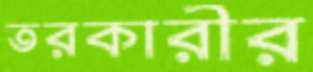
তরকারীর